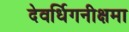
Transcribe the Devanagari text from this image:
देवर्धिगनीक्षमा